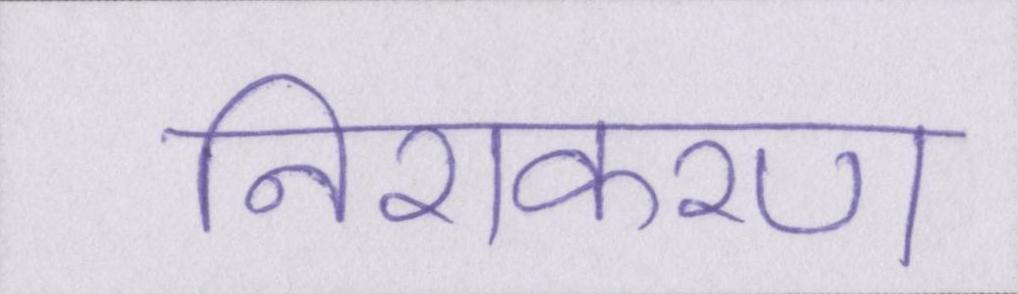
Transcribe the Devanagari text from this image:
निराकरण